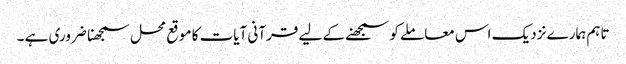
تاہم ہمارے نزدیک اس معاملے کو سمجھنے کے لیے قرآنی آیات کا موقع محل سمجھنا ضروری ہے ۔